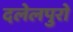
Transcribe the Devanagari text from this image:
दलेलपुरो